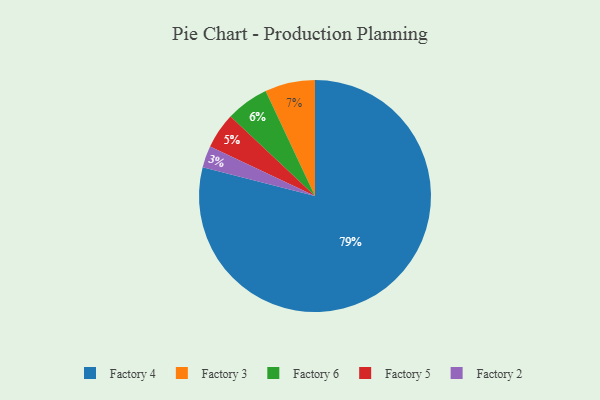
{"axis": {"x": "Category", "y": "Percentage"}, "legend": ["Factory 2", "Factory 3", "Factory 4", "Factory 5", "Factory 6"], "data": [{"x": "Factory 3", "y": 7, "type": "Factory 3"}, {"x": "Factory 5", "y": 5, "type": "Factory 5"}, {"x": "Factory 2", "y": 3, "type": "Factory 2"}, {"x": "Factory 6", "y": 6, "type": "Factory 6"}, {"x": "Factory 4", "y": 79, "type": "Factory 4"}]}